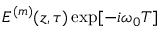
E ^ { ( m ) } ( z , \tau ) \exp [ - i \omega _ { 0 } T ]